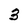
Character: 3